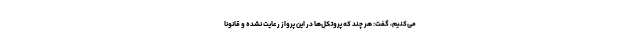
می‌کنیم، گفت: هر چند که پروتکل‌ها در این پرواز رعایت نشده و قانونا